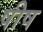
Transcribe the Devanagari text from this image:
षीष